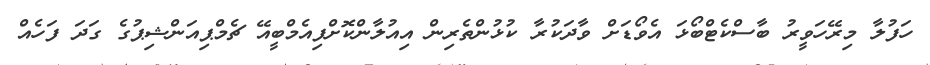
ހަފުލާ މިރޭހަވީރު ބާސްކެޓްބޯޅަ އެވޯޑަށް ވާދަކުރާ ކުޅުންތެރިން އިއުލާންކޮށްފިއެމްބީއޭ ޗެމްޕިއަންޝިޕުގެ ގަދަ ފަހެއް